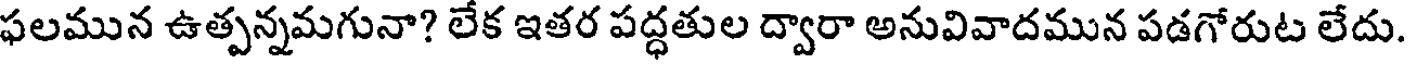
ఫలమున ఉత్పన్నమగునా? లేక ఇతర పద్ధతుల ద్వారా అనువివాదమున పడగోరుట లేదు.